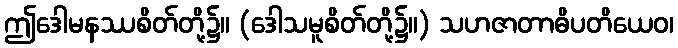
ဤဒေါမနဿစိတ်တို့၌။ (ဒေါသမူစိတ်တို့၌။) သဟဇာတာဓိပတိယေဝ၊